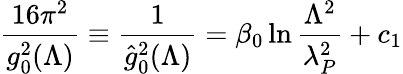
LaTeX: {\frac{16\pi^{2}}{g_{0}^{2}(\Lambda)}}\equiv{\frac{1}{\hat{g}_{0}^{2}(\Lambda)}}=\beta_{0}\ln{\frac{\Lambda^{2}}{\lambda_{P}^{2}}}+c_{1}